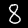
Digit: 8